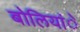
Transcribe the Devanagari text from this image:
बोलियांे